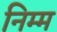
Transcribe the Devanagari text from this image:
निम्‍म